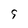
Character: 9